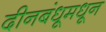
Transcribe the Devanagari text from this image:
दीनबंधूमधून